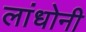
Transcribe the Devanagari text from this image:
लांधोनी